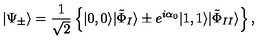
| \Psi _ { \pm } \rangle = \frac { 1 } { \sqrt { 2 } } \left\{ | 0 , 0 \rangle | \tilde { \Phi } _ { I } \rangle \pm e ^ { i \alpha _ { 0 } } | 1 , 1 \rangle | \tilde { \Phi } _ { I I } \rangle \right\} ,